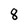
Character: 8